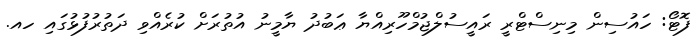
ފޮޓޯ: ހައުސިން މިނިސްޓްރީ ރައީސުލްޖުމްހޫރިއްޔާ ޢަބުދު ޔާމީނު އުތުރަށް ކުރެއްވި ދަތުރުފުޅުގައި ހއ.